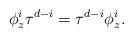
LaTeX: \begin{align*}\phi_z^i\tau^{d-i}=\tau^{d-i}\phi_z^i. \end{align*}